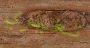
تغيري